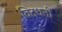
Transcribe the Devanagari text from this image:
विदधतीं